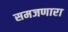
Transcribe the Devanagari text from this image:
समजणारा